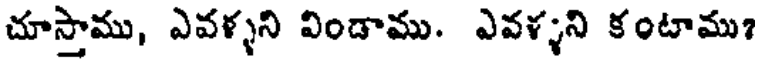
చూస్తాము, ఎవళ్ళని విండాము. ఎవళ్ళని కంటాము?